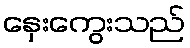
နှေးကွေးသည်